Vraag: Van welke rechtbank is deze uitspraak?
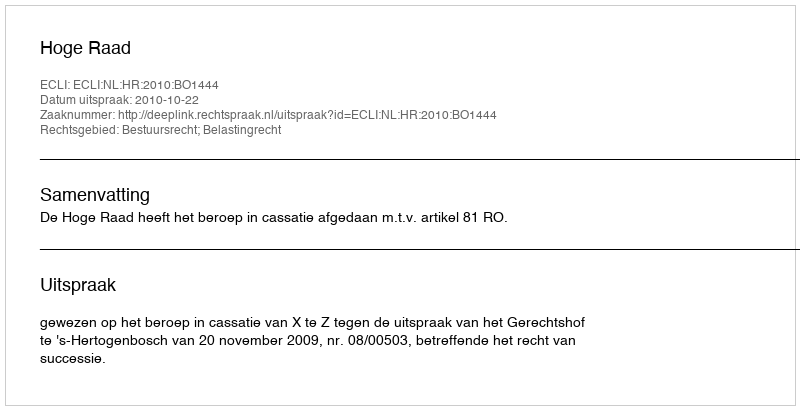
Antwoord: Hoge Raad